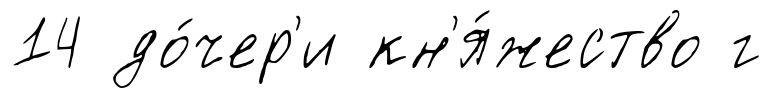
14 до́чер'и кн'я́жество г